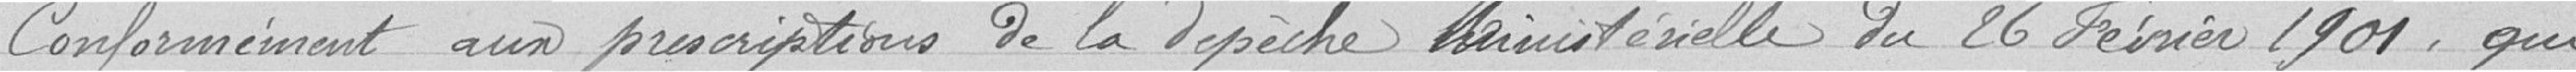
Conformément aux prescriptions de la dépêche ministérielle du 26 février 1901, qui